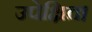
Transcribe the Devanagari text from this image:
उपेक्षित।